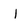
Character: I